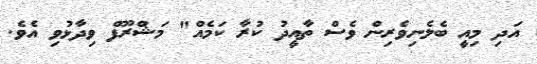
އަދި މިއީ ބެލެނިވެރިން ވެސް ތާއީދު ކުރާ ކަމެއް" މަޝްރޫފް ވިދާޅުވި އެވެ.